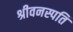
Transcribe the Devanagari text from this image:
श्रीवनस्पति